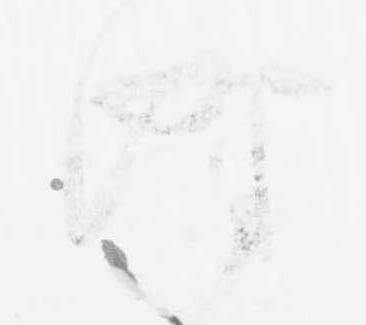
時